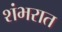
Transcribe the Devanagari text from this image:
शंभरात